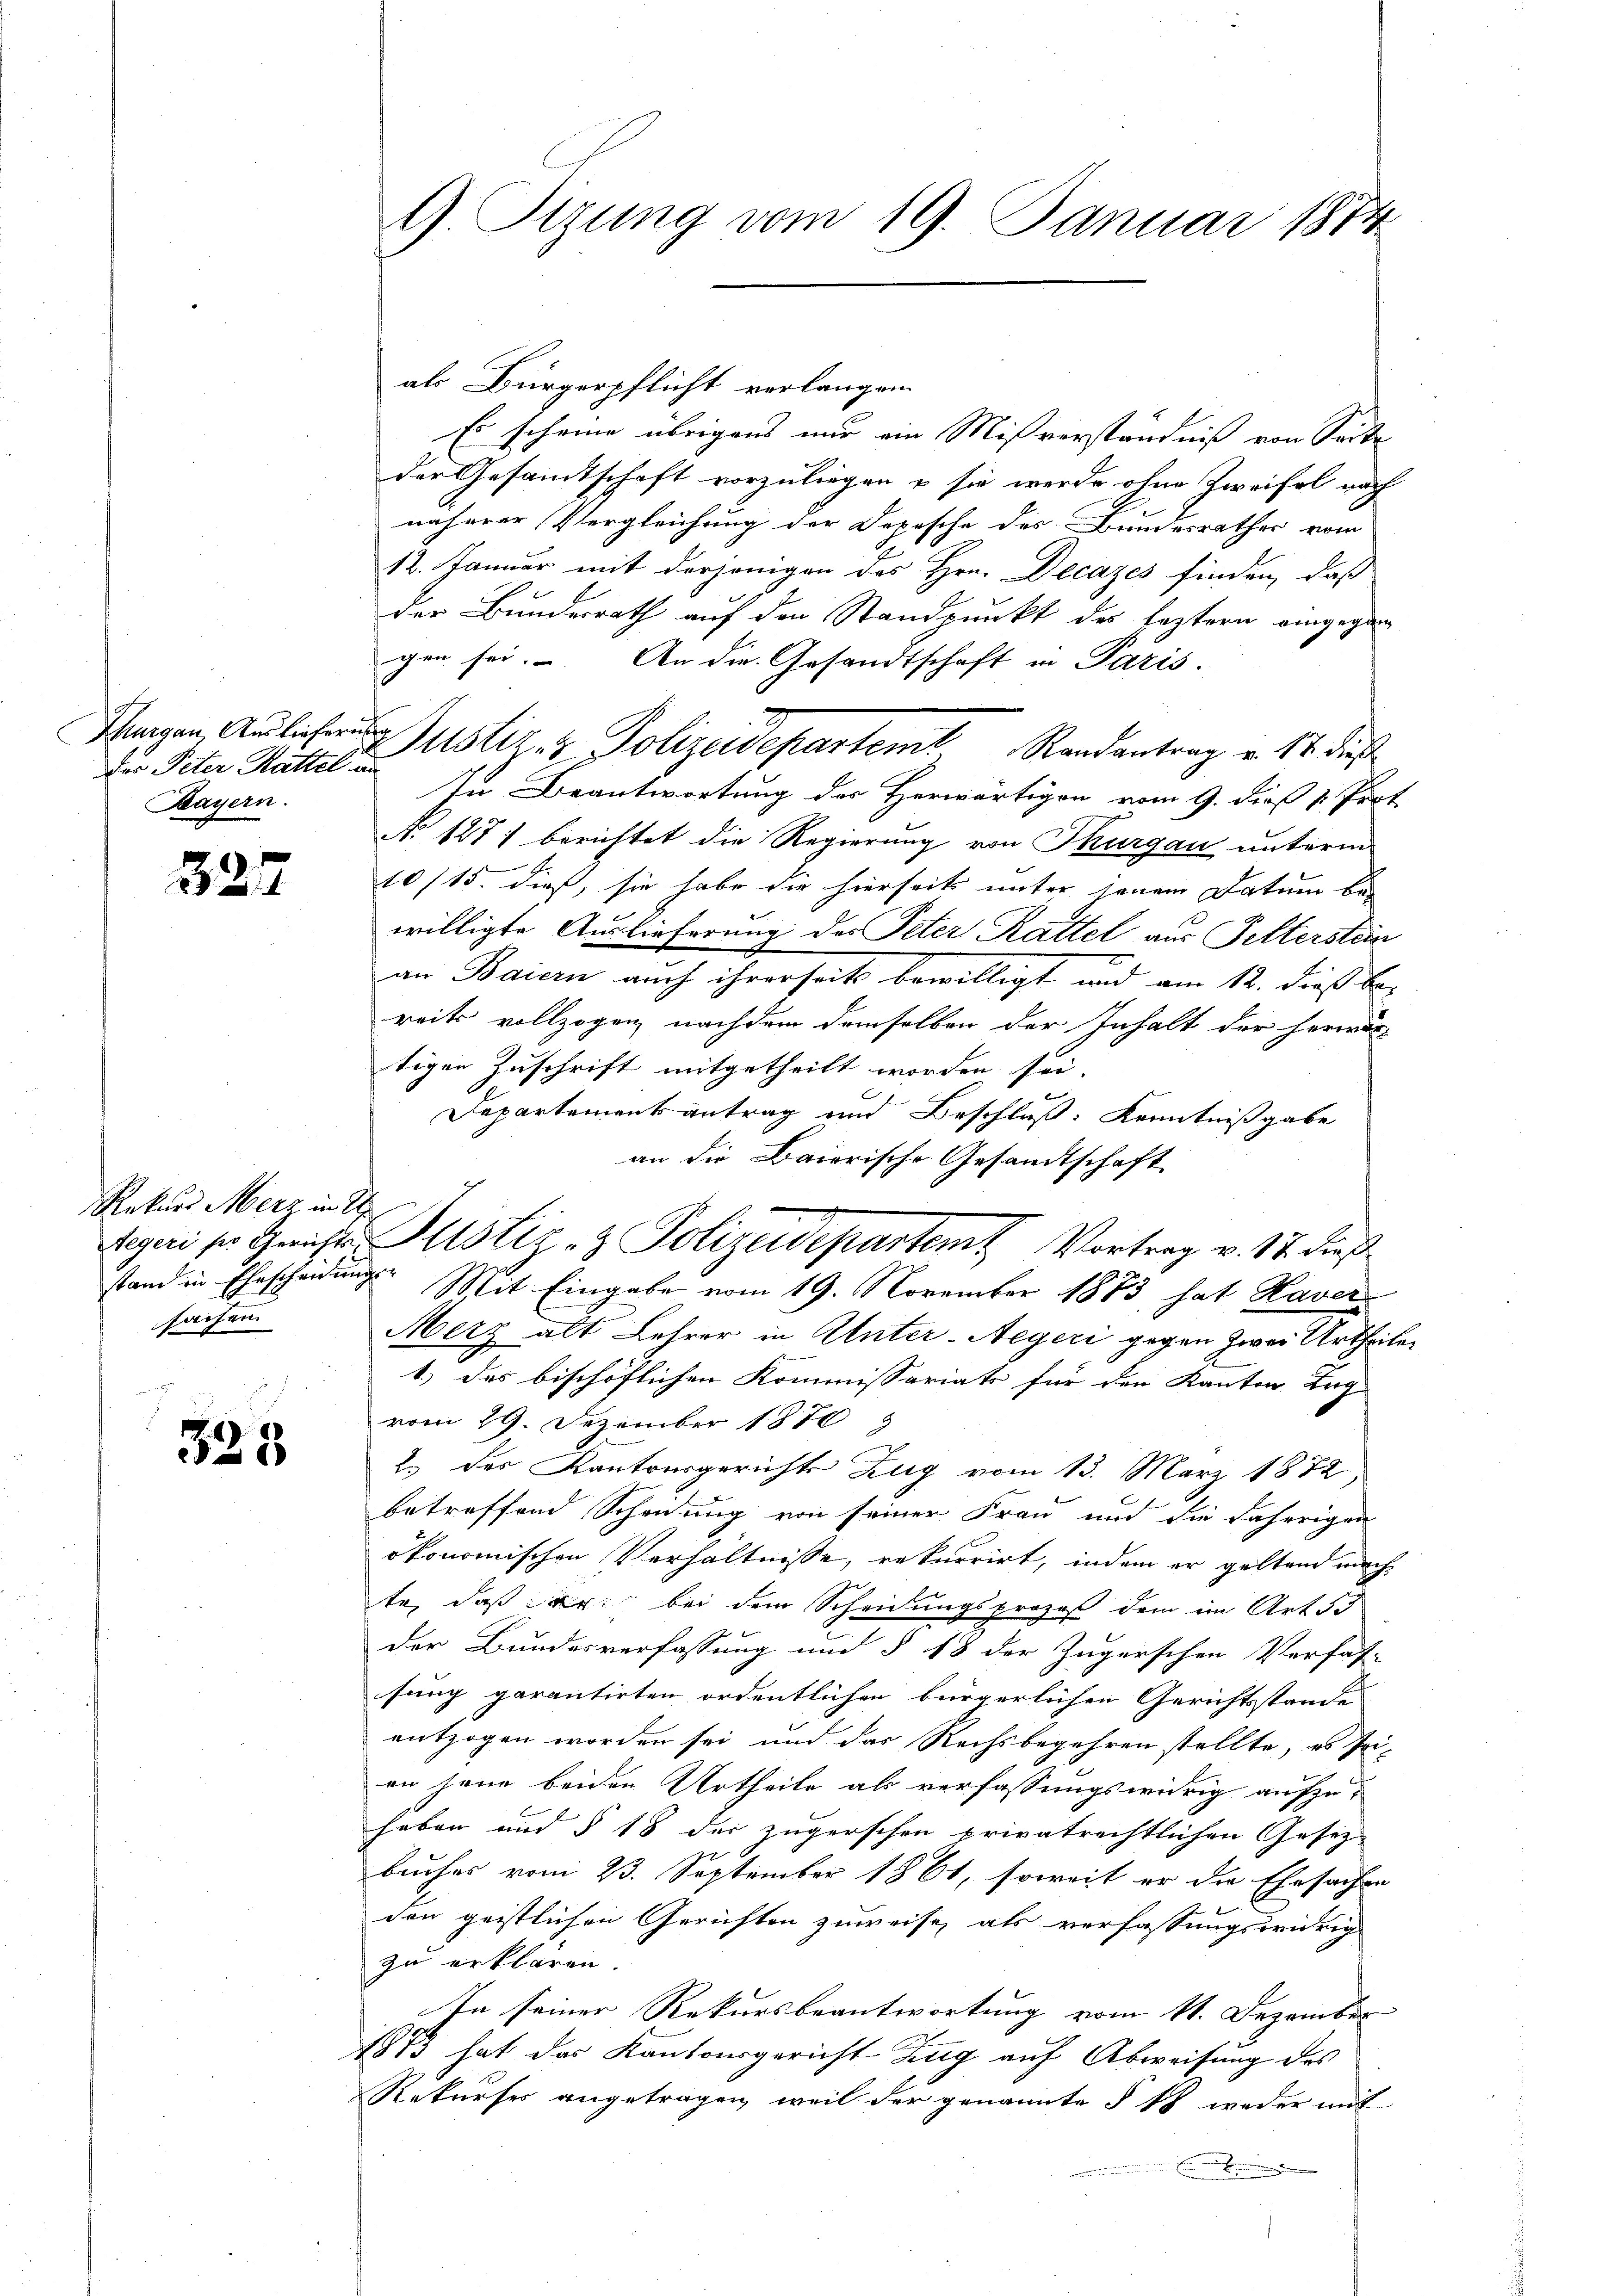
Der Peter Rattel an
Bayern.

327

Rekurs Merz in S
sachen

25

G. Tizung vom 19. Januar 1874

Es scheine übrigens nur ein Mißverständniß von Seite
der Gesamtschaft vorzuliegen & sie werde ohne Zweifel nach
näherer Vergleichung der Depesche des Bundesrathes vom
12. Januar mit derjenigen des Hrn. Decazes finden, daß
der Bundesrath auf den Standpunkt des leztern eingegen
gen sei. An die Gesandtschaft in Paris.
In Beantwortung der Herwärtigen vom 9. dieß v. Prot
No 1271 berichtet die Regierung von Thurgau unterm
10/15. dieß, sie habe die hierseits unter jenem Datum be-
willigte Auslieferung des Peter Kattel aus Petterstan
an Baiern auch ihrerseits bewilligt und am 12. dieß ber
reits vollzogen, nachdem demselben der Inhalt der herwis-
tigen Zuschrift mitgetheilt worden sei.
Departementsantrag und Beschluß: Kenntnißgabe
an die Baierische Gesandtschaft
stand in Ehescheidungs- Mit Eingabe vom 19. November 1873 hat Haver
Merz alt Lehrer in Unter-Aegeri gegen zwei Urtheilen
1.) Das bischöflichen Kommissariats für den Kanton Lug
vom 29. Dezember 1870
2.) des Kantonsgerichte Zug vom 13. März 1872
betreffend Scheidung von seiner Frau und die jährigen
ökonomischen Verhältnisse, rekurrirt, indem er geltend machte, daß er bei dem Scheidungsprozeß dem im Art Sc
der Bundesverfassung und § 18 der Zugerschen Verfas-
sung garantirten ordentlichen bürgerlichen Gerichtsstande
entzogen worden sei und das Rechsbegehren stellte, es Pri-
en jene beiden Urtheile als verfassungswidrig aufzu-
haben und § 18 der zugerschen privatrechtlichen Gesetz-
buches vom 23. September 1861, soweit er die Ehesachen
den geistlichen Gerichten zuweise, als verfassungswidrig
zu erklären.
In seiner Rekursbeantwortung vom 11. Dezember
1873 hat das Kantonsgericht Zug auf Abweisung des
Rekurses angetragen, weil der genannte § 18 weder mit
B

als Bürgerpflicht verlangen.

Parzen, Auslicher Justiz- & Polizeidepartemt, Randantrag v. 17. dieß
1

Legeri ser Gerichts-Justiz- & Polizeidepartem Vortrag v. 17. dieß